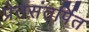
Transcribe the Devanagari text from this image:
प्रेतसंतर्पित